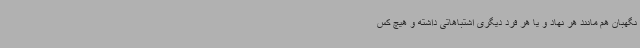
نگهبان هم مانند هر نهاد و یا هر فرد دیگری اشتباهاتی داشته و هیچ کس